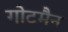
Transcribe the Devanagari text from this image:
गोटमैन